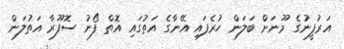
އަރުފީނުގެ މޫނަށް ބަލަން ހުރެފައި އޭނާގެ އަތުގައި އޮތް ފޯނު ސޮފޫރާ އަތުލަން